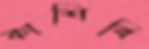
কাশিবি